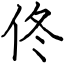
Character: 佟